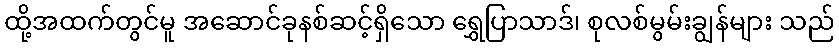
ထို့အထက်တွင်မူ အဆောင်ခုနစ်ဆင့်ရှိသော ရွှေပြာသာဒ်၊ စုလစ်မွမ်းချွန်များ သည်